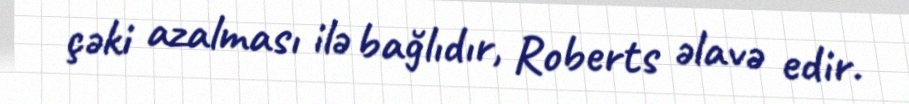
çəki azalması ilə bağlıdır, Roberts əlavə edir.